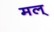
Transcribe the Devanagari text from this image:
मल्